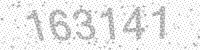
Solution: 163141